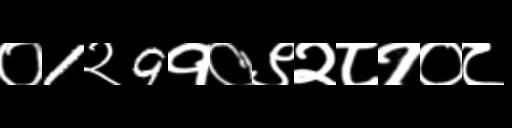
Text: ०1२9१०९२८१०८